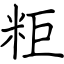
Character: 粔